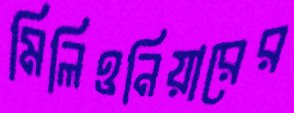
মিলিওনিয়ারের